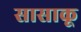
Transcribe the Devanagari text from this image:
सासाकू